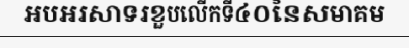
អបអរសាទរខួបលើកទី៤០នៃសមាគម